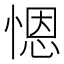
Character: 𢞴